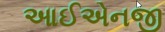
આઈએનજી